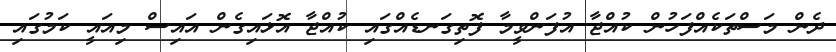
ދެން މަސްތަކެއްފަހުން ކުއްޖާ އުފަންވީމާ ފޮތިގަނޑެއްގައި ކުއްޖާ އޮޅައިގެން އައިސް މިއައީ ކަމުގައި